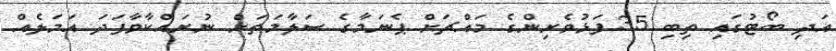
އަދި ބޯޓުގައި ތިބި 35 ފަޅުވެރިންގެ މައްޗަށް ޕެނަމާގެ ސަލާމަތަށް ނުރައްކާވާފަދަ އަމަލެއް